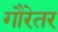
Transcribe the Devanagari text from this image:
गौरेतर